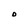
Character: O